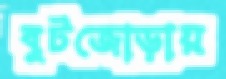
বুটজোড়ায়